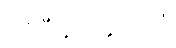
ပရိဝီမံသနုပါဒါနံ